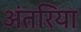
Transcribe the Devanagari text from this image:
अंतरिया